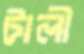
টালী